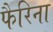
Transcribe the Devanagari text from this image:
फैरिना